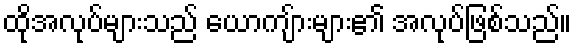
ထိုအလုပ်များသည် ယောကျ်ားများ၏ အလုပ်ဖြစ်သည်။